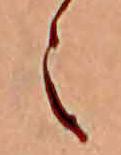
え